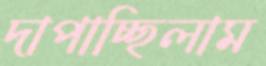
দাপাচ্ছিলাম